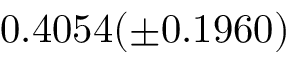
0 . 4 0 5 4 ( \pm 0 . 1 9 6 0 )